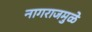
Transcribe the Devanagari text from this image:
नागराजमुळे